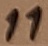
Text: 11